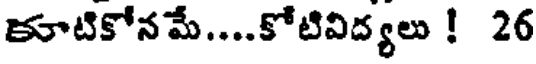
కూటికోనమే....కోటివిద్యలు ! 26